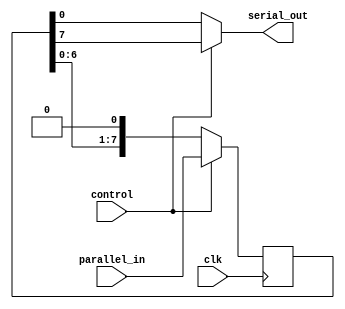
module piso_register (
    input wire clk,
    input wire control,
    input wire [7:0] parallel_in,
    output reg serial_out
);

reg [7:0] reg_data;

always @(posedge clk) begin
    if(control) begin
        reg_data <= parallel_in;
    end else begin
        reg_data <= {reg_data[6:0], 1'b0};
    end
end

always @(*) begin
    if(control) begin
        serial_out = reg_data[7];
    end else begin
        serial_out = reg_data[0];
    end
end

endmodule